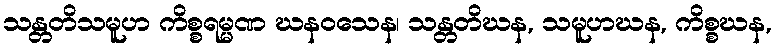
သန္တတိသမူဟ ကိစ္စရမ္မဏ ဃနဝသေန၊ သန္တတိဃန, သမူဟဃန, ကိစ္စဃန,